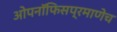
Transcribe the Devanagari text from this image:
ओपनॉफिसप्रमाणेच